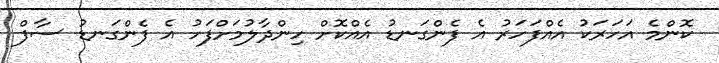
ކޮންމެ އަހަރަކު އެއްފަހަރު އެ ފެންގަނޑު އެއްކޮށް ހިންދާލުމަށްފަހު އެ ފެންގަނޑު ސާފް